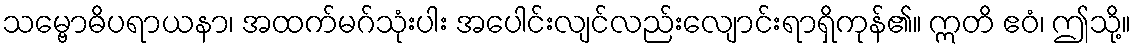
သမ္ဗောဓိပရာယနာ၊ အထက်မဂ်သုံးပါး အပေါင်းလျင်လည်းလျောင်းရာရှိကုန်၏။ ဣတိ ဧဝံ၊ ဤသို့။